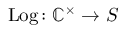
\operatorname { L o g } \colon \mathbb { C } ^ { \times } \to S